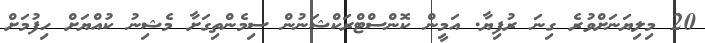
20 މިލިޔަނަށްވުރެ ގިނަ ރުފިޔާ. އަމީން ކޮންސްޓްރަކްޝަނުން ސިމެންތިގަށާ މެޝިނު ކުއްޔަށް ހިފުމަށް